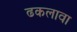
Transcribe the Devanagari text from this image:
ढकलावा